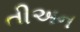
તીઅન